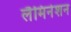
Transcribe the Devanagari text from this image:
लैमिनेशन